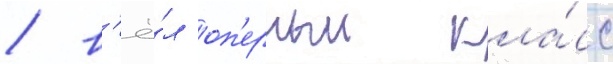
/ в'ё́л оп'ерныи кла́сс